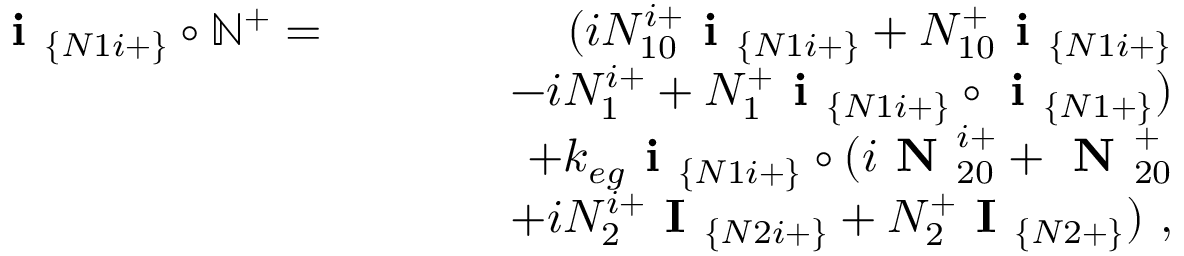
\begin{array} { r l r } { \textbf { i } _ { \{ N 1 i + \} } \circ \mathbb { N } ^ { + } = } & { } & { ( i N _ { 1 0 } ^ { i + } \textbf { i } _ { \{ N 1 i + \} } + N _ { 1 0 } ^ { + } \textbf { i } _ { \{ N 1 i + \} } } \\ & { } & { ~ ~ ~ ~ ~ ~ - i N _ { 1 } ^ { i + } + N _ { 1 } ^ { + } \textbf { i } _ { \{ N 1 i + \} } \circ \textbf { i } _ { \{ N 1 + \} } ) } \\ & { } & { + k _ { e g } \textbf { i } _ { \{ N 1 i + \} } \circ ( i \textbf { N } _ { 2 0 } ^ { i + } + \textbf { N } _ { 2 0 } ^ { + } } \\ & { } & { ~ ~ ~ ~ ~ ~ + i N _ { 2 } ^ { i + } \textbf { I } _ { \{ N 2 i + \} } + N _ { 2 } ^ { + } \textbf { I } _ { \{ N 2 + \} } ) ~ , } \end{array}